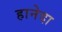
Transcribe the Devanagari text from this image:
हानेदा